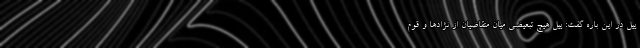
ییل در این باره گفت: ییل هیچ تبعیضی میان متقاضیان از نژادها و قوم